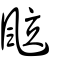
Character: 䬃